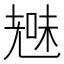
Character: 𮋞